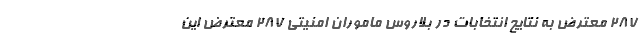
287 معترض به نتایج انتخابات در بلاروس ماموران امنیتی ۲۸۷ معترض این